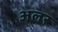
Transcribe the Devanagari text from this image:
अलर